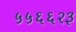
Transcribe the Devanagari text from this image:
५५६६२३